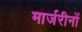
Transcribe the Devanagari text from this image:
मार्जरीनों